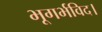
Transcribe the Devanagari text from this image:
भूगर्भविद।